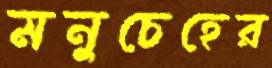
মনুচেহের